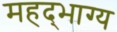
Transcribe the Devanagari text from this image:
महद्‌भाग्य